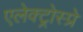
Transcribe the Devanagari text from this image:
एलेक्ट्रोस्प्रे